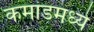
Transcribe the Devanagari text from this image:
कमांडमध्ये